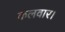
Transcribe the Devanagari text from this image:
कलवार।